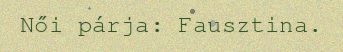
Női párja: Fausztina.